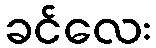
ခင်လေး